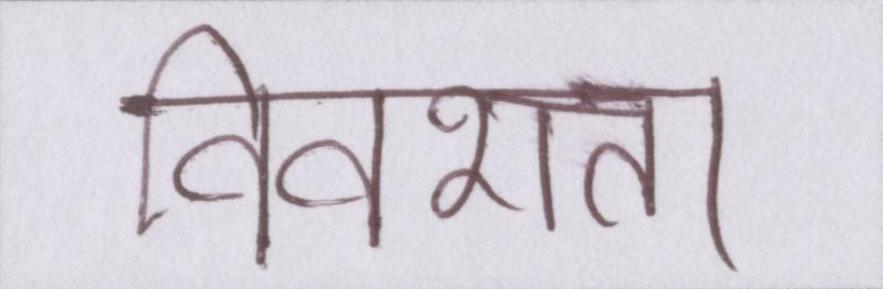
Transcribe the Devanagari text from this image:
विवशता